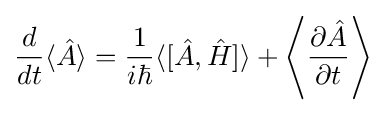
{\frac {d}{dt}}\langle {\hat {A}}\rangle ={\frac {1}{i\hbar }}\langle [{\hat {A}},{\hat {H}}]\rangle +\left\langle {\frac {\partial {\hat {A}}}{\partial t}}\right\rangle